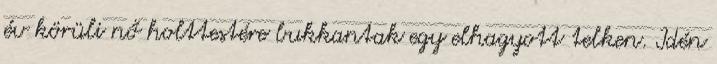
év körüli nő holttestére bukkantak egy elhagyott telken. Idén